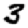
Digit: 3